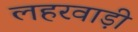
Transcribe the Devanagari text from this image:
लहरवाड़ी